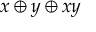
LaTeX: x \oplus y \oplus x y